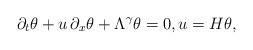
LaTeX: \begin{align*} \partial_t \theta + u \, \partial_x \theta + \Lambda^\gamma \theta = 0, u = H\theta, \end{align*}